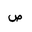
Letter: _sad